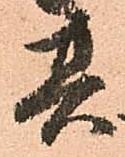
其